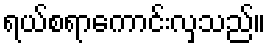
ရယ်စရာကောင်းလှသည်။